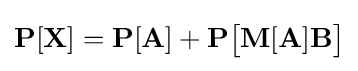
\mathbf {P} [\mathbf {X} ]=\mathbf {P} [\mathbf {A} ]+\mathbf {P} {\big [}\mathbf {M} [\mathbf {A} ]\mathbf {B} {\big ]}